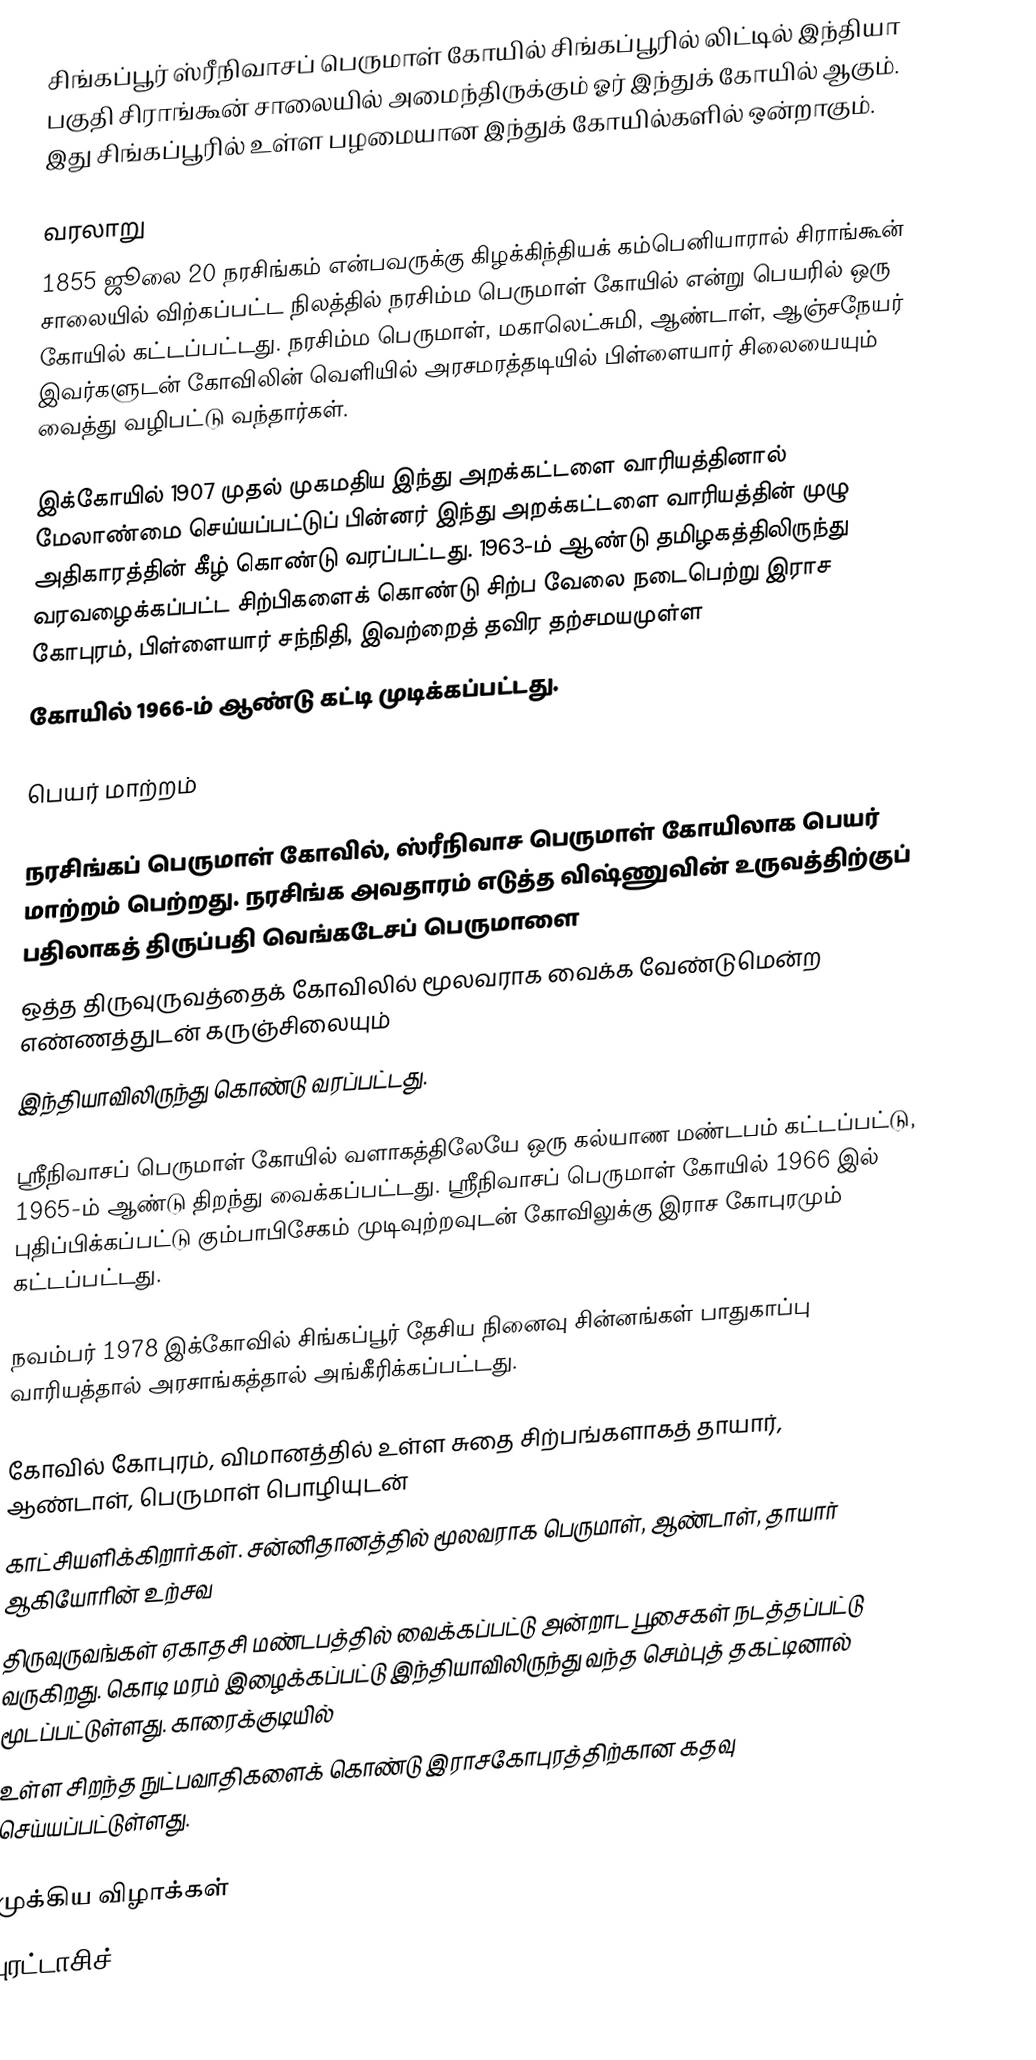
சிங்கப்பூர் ஸ்ரீநிவாசப் பெருமாள் கோயில் சிங்கப்பூரில் லிட்டில் இந்தியா பகுதி சிராங்கூன் சாலையில் அமைந்திருக்கும் ஓர் இந்துக் கோயில் ஆகும். இது சிங்கப்பூரில் உள்ள பழமையான இந்துக் கோயில்களில் ஒன்றாகும்.

வரலாறு
1855 ஜூலை 20 நரசிங்கம் என்பவருக்கு கிழக்கிந்தியக் கம்பெனியாரால் சிராங்கூன் சாலையில் விற்கப்பட்ட நிலத்தில் நரசிம்ம பெருமாள் கோயில் என்று பெயரில் ஒரு கோயில் கட்டப்பட்டது. நரசிம்ம பெருமாள், மகாலெட்சுமி, ஆண்டாள், ஆஞ்சநேயர் இவர்களுடன் கோவிலின் வெளியில் அரசமரத்தடியில் பிள்ளையார் சிலையையும் வைத்து வழிபட்டு வந்தார்கள்.

இக்கோயில் 1907 முதல் முகமதிய இந்து அறக்கட்டளை வாரியத்தினால் மேலாண்மை செய்யப்பட்டுப் பின்னர் இந்து அறக்கட்டளை வாரியத்தின் முழு அதிகாரத்தின் கீழ் கொண்டு வரப்பட்டது. 1963-ம் ஆண்டு தமிழகத்திலிருந்து வரவழைக்கப்பட்ட சிற்பிகளைக் கொண்டு சிற்ப வேலை நடைபெற்று இராச கோபுரம், பிள்ளையார் சந்நிதி, இவற்றைத் தவிர தற்சமயமுள்ள
கோயில் 1966-ம் ஆண்டு கட்டி முடிக்கப்பட்டது.

பெயர் மாற்றம்

நரசிங்கப் பெருமாள் கோவில், ஸ்ரீநிவாச பெருமாள் கோயிலாக பெயர் மாற்றம் பெற்றது. நரசிங்க அவதாரம் எடுத்த விஷ்ணுவின் உருவத்திற்குப் பதிலாகத் திருப்பதி வெங்கடேசப் பெருமாளை
ஒத்த திருவுருவத்தைக் கோவிலில் மூலவராக வைக்க வேண்டுமென்ற எண்ணத்துடன் கருஞ்சிலையும்
இந்தியாவிலிருந்து கொண்டு வரப்பட்டது.

ஸ்ரீநிவாசப் பெருமாள் கோயில் வளாகத்திலேயே ஒரு கல்யாண மண்டபம் கட்டப்பட்டு, 1965-ம் ஆண்டு திறந்து வைக்கப்பட்டது. ஸ்ரீநிவாசப் பெருமாள் கோயில் 1966 இல் புதிப்பிக்கப்பட்டு கும்பாபிசேகம் முடிவுற்றவுடன் கோவிலுக்கு இராச கோபுரமும் கட்டப்பட்டது.

நவம்பர் 1978 இக்கோவில் சிங்கப்பூர் தேசிய நினைவு சின்னங்கள் பாதுகாப்பு வாரியத்தால் அரசாங்கத்தால் அங்கீரிக்கப்பட்டது.

கோவில் கோபுரம், விமானத்தில் உள்ள சுதை சிற்பங்களாகத் தாயார், ஆண்டாள், பெருமாள் பொழியுடன்
காட்சியளிக்கிறார்கள். சன்னிதானத்தில் மூலவராக பெருமாள், ஆண்டாள், தாயார் ஆகியோரின் உற்சவ
திருவுருவங்கள் ஏகாதசி மண்டபத்தில் வைக்கப்பட்டு அன்றாட பூசைகள் நடத்தப்பட்டு வருகிறது. கொடி மரம் இழைக்கப்பட்டு இந்தியாவிலிருந்து வந்த செம்புத் தகட்டினால் மூடப்பட்டுள்ளது. காரைக்குடியில்
உள்ள சிறந்த நுட்பவாதிகளைக் கொண்டு இராசகோபுரத்திற்கான கதவு செய்யப்பட்டுள்ளது.

முக்கிய விழாக்கள்
 புரட்டாசிச்